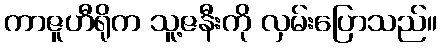
ကာဇူဟီရိုက သူ့ဇနီးကို လှမ်းပြောသည်။